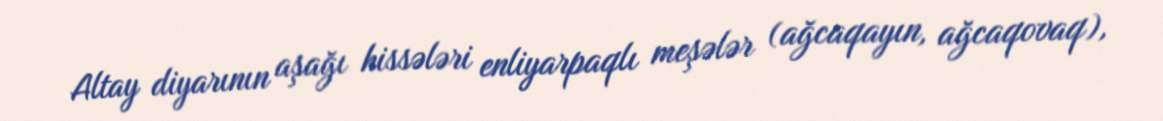
Altay diyarının aşağı hissələri enliyarpaqlı meşələr (ağcaqayın, ağcaqovaq),